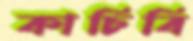
কাচিবি